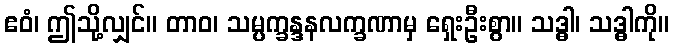
ဧဝံ၊ ဤသို့လျှင်။ တာဝ၊ သမ္ပက္ခန္ဒနလက္ခဏာမှ ရှေးဦးစွာ။ သဒ္ဓါ၊ သဒ္ဓါကို။